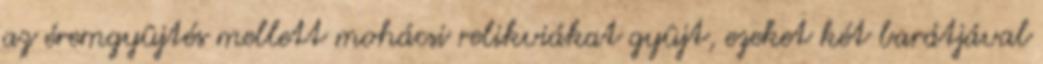
az éremgyûjtés mellett mohácsi relikviákat gyûjt, ezeket két barátjával